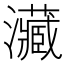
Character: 㶓